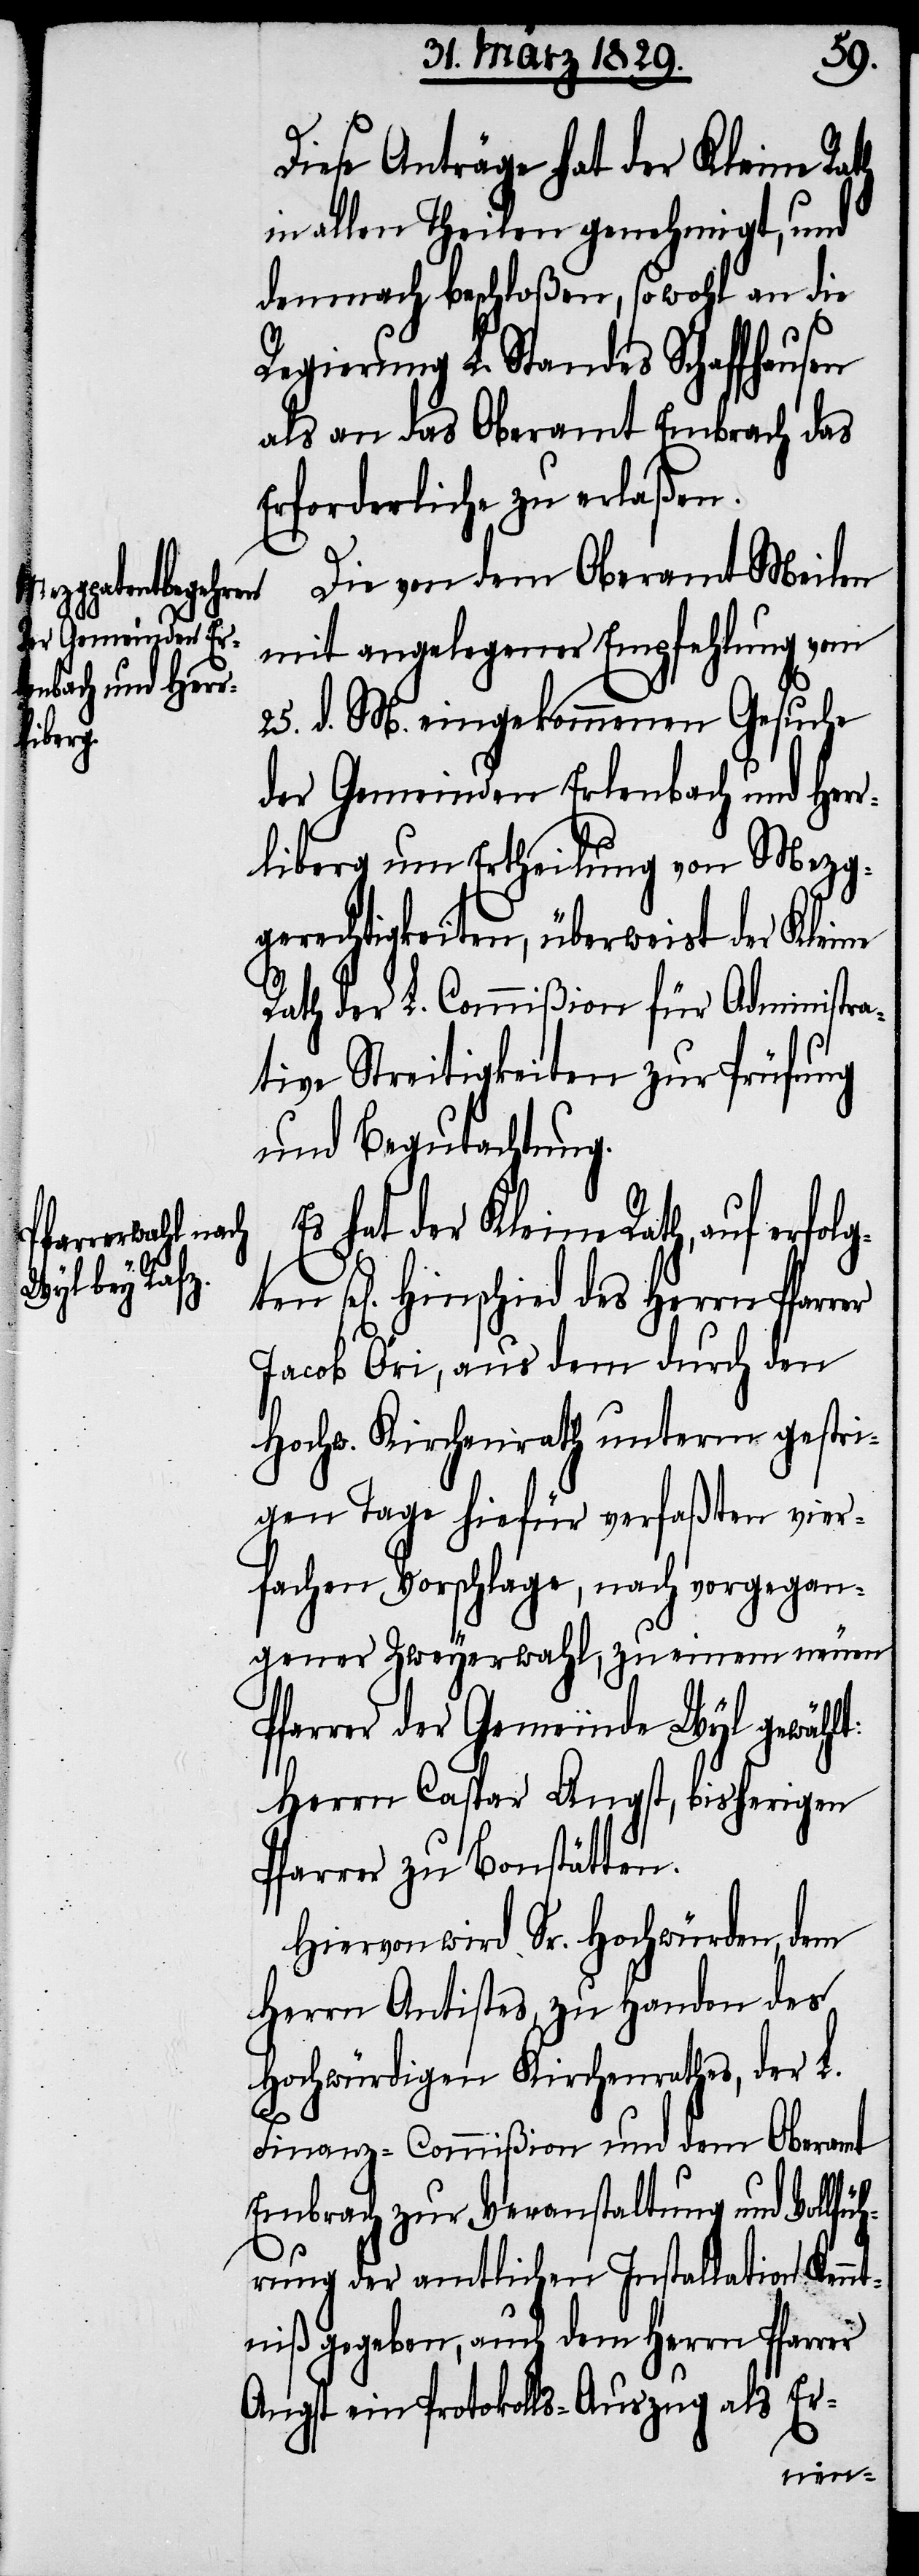
er
sel[ig¬

Diese Anträge hat der Kleine Rath
in allen Theilen genehmigt, und
demnach beschloßen, sowohl an die
Regierung L. Standes Schaffhausen
als an das Oberamt Embrach das
Erforderliche zu erlaßen.
Die von dem Oberamt Meilen
mit angelegener Empfehlung vom
25. d. M. eingekommenen Gesuche
der Gemeinden Erlenbach und Herr¬
liberg um Ertheilung von Mezg¬
gerechtigkeiten, überweist der Kleine
Rath der L. Commißion für Administra¬
tive Streitigkeiten zur Prüfung
und Begutachtung.
Es hat der Kleine Rath, auf
en]. Hinschied des Herrn Pfarr¬
Jacob Öri, aus dem durch den
Hochw. Kirchenrath unterm gestri¬
gen Tage hiefür verfaßten vier¬
fachen Vorschlage, nach vorgegan¬
gener Zweyerwahl, zu einem neuen
Pfarrer der Gemeinde Wyl gewählt:
Herrn Caspar Angst, bisherigen
Pfarrer zu Bonstätten.
Hiervon wird Sr. Hochwürden, dem
Herrn Antistes, zu Handen des
Hochwürdigen Kirchenrathes, der L.
Finanz-Commißion und dem Oberamt
Embrach zur Veranstaltung und Vollf¬
ührung der amtlichen Installation Kenn¬
tniß gegeben, auch dem Herrn Pfarrer
Angst ein Protokolls-Auszug als Er-